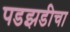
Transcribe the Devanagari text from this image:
पडझडीचा